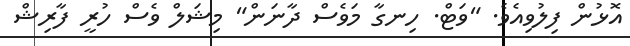
އޮޅުން ފިލުވިއެވެ. "ވަޓް. ހިނގާ މަވެސް ދާނަން" މިޝަލް ވެސް ހުރީ ފާރިޝް